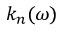
k _ { n } ( \omega )